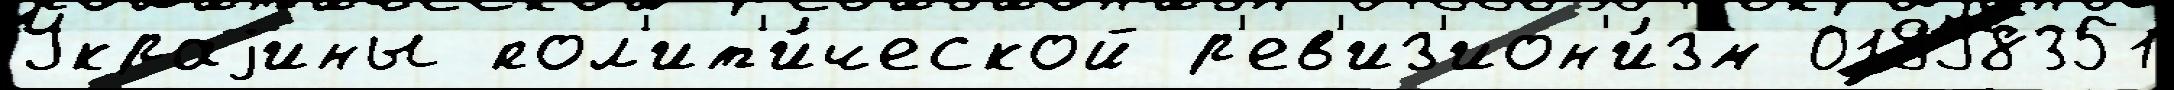
Украjины пол'ит'и́ческой р'ев'из'ион'и́зм 01998351